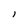
Character: I